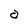
Character: a